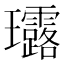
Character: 𤫢